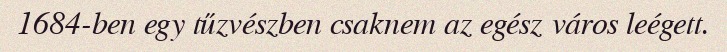
1684-ben egy tűzvészben csaknem az egész város leégett.